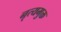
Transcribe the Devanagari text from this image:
नृत्यमुक्त